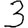
Digit: 3